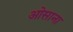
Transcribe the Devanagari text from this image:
ओसाना